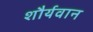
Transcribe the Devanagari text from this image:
शौर्यवान